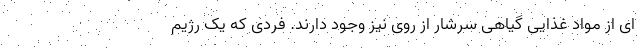
ای از مواد غذایی گیاهی سرشار از روی نیز وجود دارند. فردی که یک رژیم